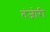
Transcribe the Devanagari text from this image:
तंजोरी